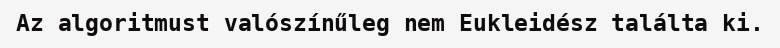
Az algoritmust valószínűleg nem Eukleidész találta ki.